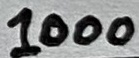
Text: 1000